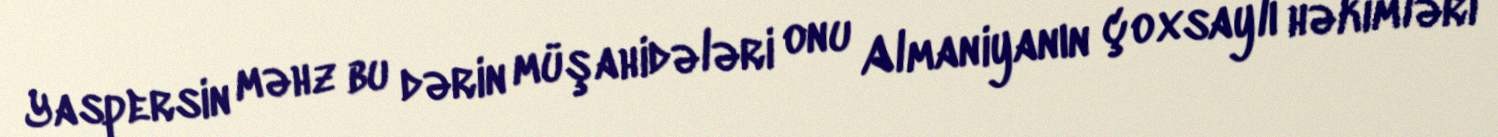
Yaspersin məhz bu dərin müşahidələri onu Almaniyanın çoxsaylı həkimləri